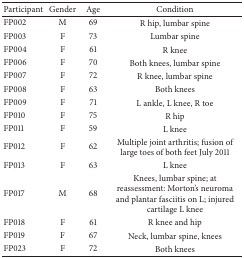
| Participant | Gender | Age | Condition |
 | --- | --- | --- | --- |
 | FP002 | M | 69 | R hip, lumbar spine |
 | FP003 | F | 73 | Lumbar spine |
 | FP004 | F | 61 | R knee |
 | FP006 | F | 70 | Both knees, lumbar spine |
 | FP007 | F | 72 | R knee, lumbar spine |
 | FP008 | F | 63 | Both knees |
 | FP009 | F | 71 | L ankle, L knee, R toe |
 | FP010 | F | 75 | R hip |
 | FP011 | F | 59 | L knee |
 | FP012 | F | 62 | Multiple joint arthritis; fusion of large toes of both feet July 2011 |
 | FP013 | F | 63 | L knee |
 | FP017 | M | 68 | Knees, lumbar spine; at reassessment: Morton's neuroma and plantar fasciitis on L; injured cartilage L knee |
 | FP018 | F | 61 | R knee and hip |
 | FP019 | F | 67 | Neck, lumbar spine, knees |
 | FP023 | F | 72 | Both knees |